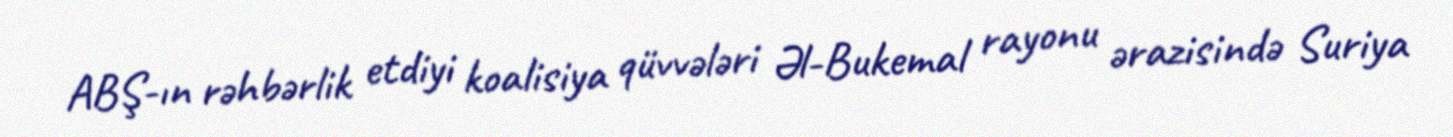
ABŞ-ın rəhbərlik etdiyi koalisiya qüvvələri Əl-Bukemal rayonu ərazisində Suriya